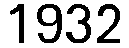
1932